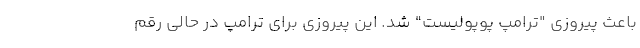
باعث پیروزی "ترامپ پوپولیست" شد. این پیروزی برای ترامپ در حالی رقم